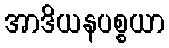
အာဒိယနပစ္စယာ